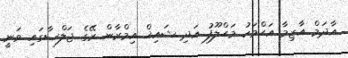
އާދަމް އާޒިމާ އަޙްމަހު މަޙްލޫފު އަދި ޝައިޚް އިމްރާން ރޭގެ ޖަލްސާގައި ވަނީ